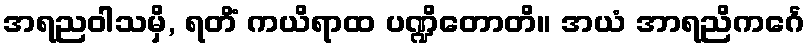
အရညဝါသမှိ, ရတိံ ကယိရာထ ပဏ္ဍိတောတိ။ အယံ အာရညိကင်္ဂေ